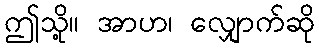
ဤသို့။ အာဟ၊ လျှောက်ဆို